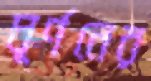
ঘূর্ণনের